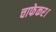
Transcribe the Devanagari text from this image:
चाफेकर।